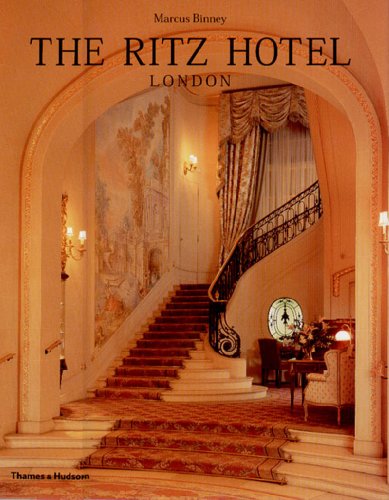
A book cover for The Ritz Hotel London; Marcus Binney; Travel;